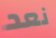
نعد